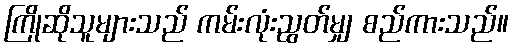
ကြိုဆိုသူများသည် ကမ်းလုံးညွတ်မျှ စည်ကားသည်။